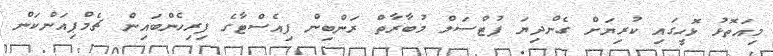
މިއަތޮޅު ޅޮހީގައި ކުރިޔަށް ގެންދިޔަ ފުޓްސަލް މުބާރާތް ރަންބިން ފިއެސްޓާގެ ފިރިހެންބައިން ޗެމްޕިއަންކަން